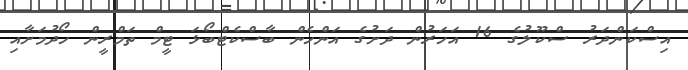
އިސްކަންދަރު ސްކޫލުގެ 16 އަހަރުން ދަށުގެ އަންހެން ބާސްކެޓްބޯޅަ ޓީމް ތަމްރީން ހޯދުމަށާއި